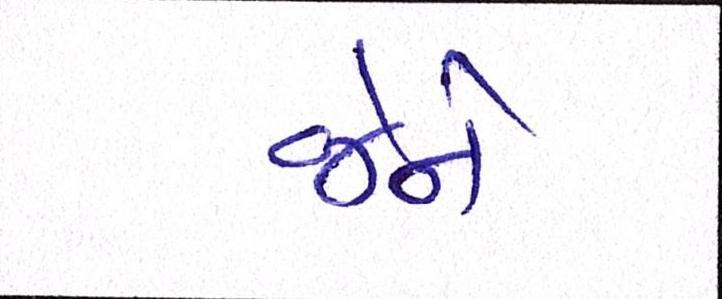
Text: જેને